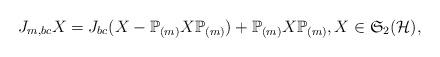
LaTeX: \begin{align*}J_{m, bc}X=J_{bc}(X-\mathbb{P}_{(m)}X\mathbb{P}_{(m)}) + \mathbb{P}_{(m)}X\mathbb{P}_{(m)}, X\in\mathfrak{S}_2(\mathcal{H}),\end{align*}